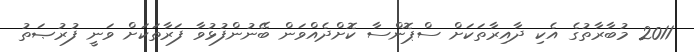
2011 މުބާރާތުގެ އެކި ދާއިރާތަކަށް ސްޕޮންސާ ކޮށްދެއްވަން ބޭނުންފުޅުވާ ފަރާތަކަށް ވަނީ ފުރުޞަތު